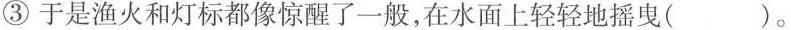
③于是渔火和灯标都像惊醒了一般,在水面上轻轻地摇曳( ）